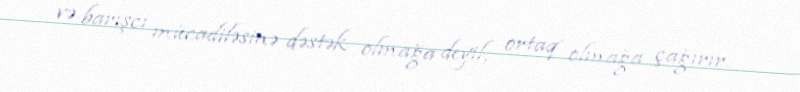
və barışcı mücadiləsinə dəstək olmağa deyil, ortaq olmağa çağırır.